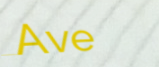
Ave